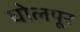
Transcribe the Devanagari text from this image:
घोलपूर